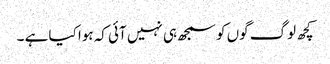
کچھ لوگ گوں کو سمجھ ہی نہیں آئی کہ ہوا کیا ہے ۔